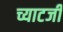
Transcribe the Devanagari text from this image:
च्याटर्जी